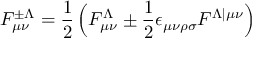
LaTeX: { \cal F } _ { \mu \nu } ^ { \pm \Lambda } = { \frac { 1 } { 2 } } \, \Bigl ( F _ { \mu \nu } ^ { \Lambda } \pm { \frac { 1 } { 2 } } \epsilon _ { \mu \nu \rho \sigma } F ^ { \Lambda \vert \mu \nu } \Bigr )